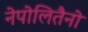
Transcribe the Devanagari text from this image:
नेपोलितैनो